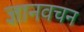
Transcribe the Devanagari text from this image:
ज्ञानवचन